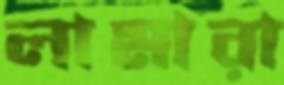
লামারা